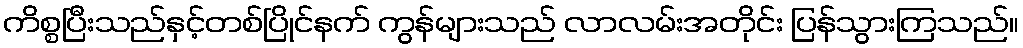
ကိစ္စပြီးသည်နှင့်တစ်ပြိုင်နက် ကွန်များသည် လာလမ်းအတိုင်း ပြန်သွားကြသည်။